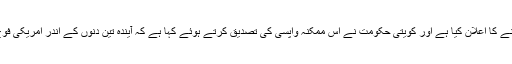
امریکا نے ازراہ کرم کویت سے اپنی تمام مسلح افواج واپس بلانے کا اعلان کیا ہے اور کویتی حکومت نے اس ممکنہ واپسی کی تصدیق کرتے ہوئے کہا ہے کہ آیندہ تین دنوں کے اندر امریکی فوج کویت سے نکل جائے گی جو ایک بامعنی اور مثبت قدم ہوگا۔